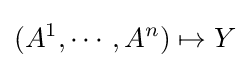
(A^{1},\cdots ,A^{n})\mapsto Y